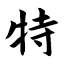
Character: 特